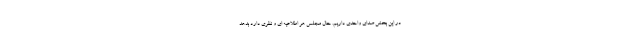
در این بخش صدای واحدی داریم. حال مجلس هر اطلاعیه ای و نظری دارد بدهد